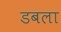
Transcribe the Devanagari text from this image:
डबला